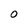
Character: O